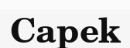
Capek